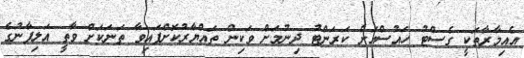
އެއިމާރާތަކީ ގެސްޓު ހައުސްއަށް ކަރަންޓު ދިނުުމަށް ވަކިން ތައްޔާރުކޮށްފައިވާ ތަނަކަށް ވާތީ އަލިފާނުގެ